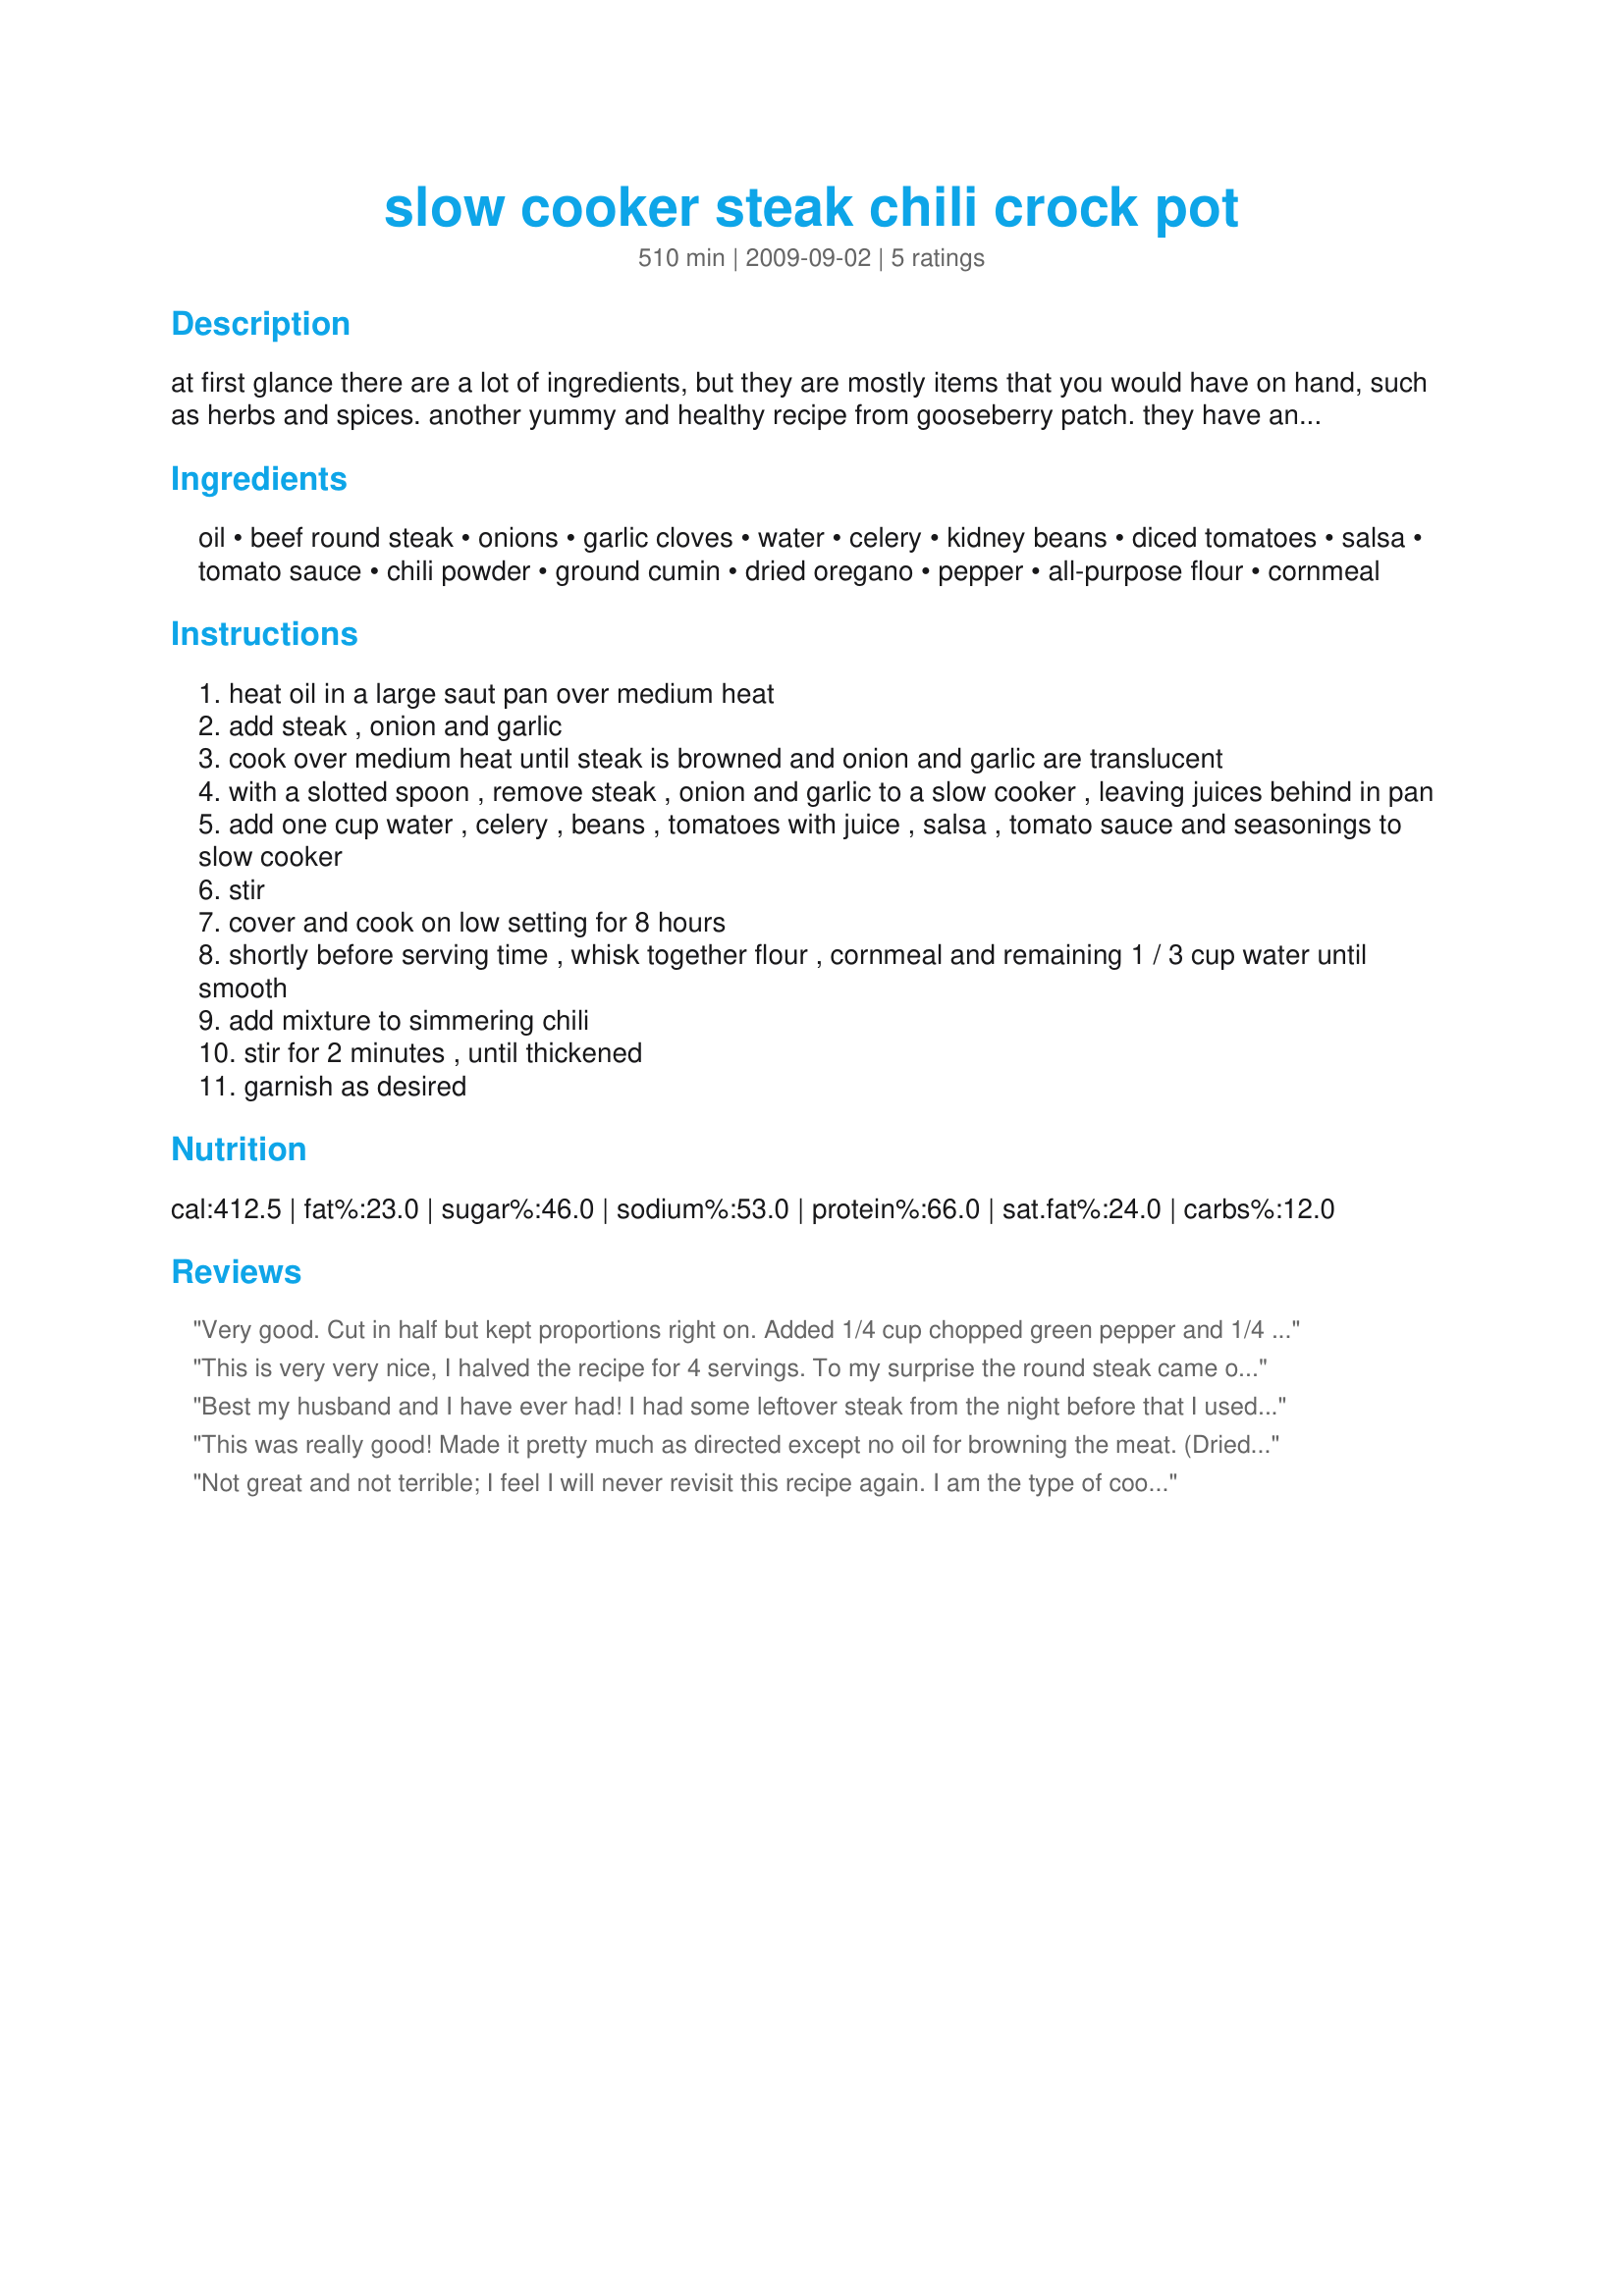
slow cooker steak chili crock pot
Preparation time: 510 minutes

at first glance there are a lot of ingredients, but they are mostly items that you would have on hand, such as herbs and spices. another yummy and healthy recipe from gooseberry patch. they have an interesting way to thicken the chili before serving. check out the garnishes listed after the regular ingredients for some suggestions. enjoy!

Ingredients:
oil, beef round steak, onions, garlic cloves, water, celery, kidney beans, diced tomatoes, salsa, tomato sauce, chili powder, ground cumin, dried oregano, pepper, all-purpose flour, cornmeal

Steps:
heat oil in a large saut pan over medium heat
add steak , onion and garlic
cook over medium heat until steak is browned and onion and garlic are translucent
with a slotted spoon , remove steak , onion and garlic to a slow cooker , leaving juices behind in pan
add one cup water , celery , beans , tomatoes with juice , salsa , tomato sauce and seasonings to slow cooker
stir
cover and cook on low setting for 8 hours
shortly before serving time , whisk together flour , cornmeal and remaining 1 / 3 cup water until smooth
add mixture to simmering chili
stir for 2 minutes , until thickened
garnish as desired

Reviews:
Very good. Cut in half but kept proportions right on. Added 1/4 cup chopped green pepper and 1/4 cup frozen yellow corn. Cooked in 275 deg oven with cast iron Dutch oven. Not quite spicy enough for me but my wife pronounced it very good and had seconds. I&#039;ll alternate this with a sausage/ground beef chili recipe we also like.
This is very very nice, I halved the recipe for 4 servings. To my surprise the round steak came out tender and moist! not what I expect from round that cooks for a long time. I used a can of "Chili Beans" (kidney's in a chili sauce) undrained and increased the amount of chili powder and cumin to 1 1/4 tsps. To be honest I can't say that I'm in love with the cornmeal thickening. It tastes fine and this is a picky thing but I don't like the looks of all the specks it makes in the chili.
Best my husband and I have ever had! I had some leftover steak from the night before that I used. I also added about 1/2 C of frozen corn, and 1/2 stick of butter to make the stock more flavorful and less acidic since this is a tomato-heavy recipe.
This was really good! Made it pretty much as directed except no oil for browning the meat. (Dried the meat before browning, as directed by "Julie & Julia", and no fat needed to get nice color.) Without that oil, it's 9 WW pts/serving - fairly reasonable for a 1-dish meal. Will definitely make this again. It's a nice, slightly more sophisticated alternative to regular "ground beef" chili.
Not great and not terrible; I feel I will never revisit this recipe again. I am the type of cook that follows recipes to the letter because I lack the skills to &quot;tweak&quot; a recipe to meet my taste buds. I found it to be to tomato-y not enough cumin and chilli flavor. I also was not crazy with the look, texture and taste of the &quot;flour/cornmeal&quot; thickening. I&#039;m thinking I could try to make changes; but why bother, I&#039;ll just try another one. I feel adjusting this recipe could yield a delicious chilli.
